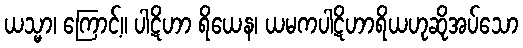
ယသ္မာ၊ ကြောင့်။ ပါဋိဟာ ရိယေန၊ ယမကပါဋိဟာရိယဟုဆိုအပ်သော